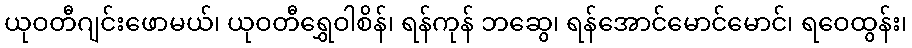
ယုဝတီဂျင်းဖောမယ်၊ ယုဝတီရွှေဝါစိန်၊ ရန်ကုန် ဘဆွေ၊ ရန်အောင်မောင်မောင်၊ ရဝေထွန်း၊